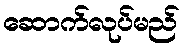
ဆောက်လုပ်မည်